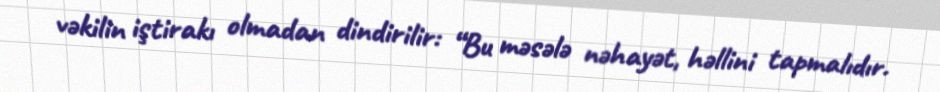
vəkilin iştirakı olmadan dindirilir: “Bu məsələ nəhayət, həllini tapmalıdır.